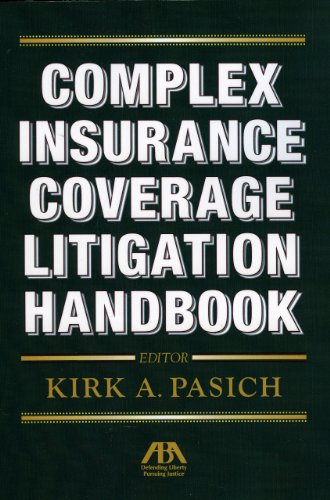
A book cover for Complex Insurance Coverage Litigation Handbook; Law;